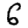
Digit: 6